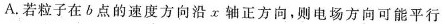
A.若粒子在b点的速度方向沿x轴正方向，则电场方向可能平行